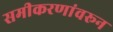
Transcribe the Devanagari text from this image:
समीकरणांवरून